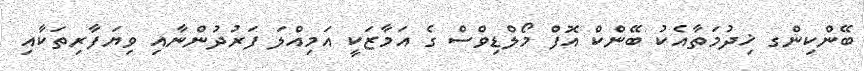
ބޭންކިންގ ޚިދުމަތާއެކު ބޭންކް އޮފް މޯލްޑިވްސް ގެ އަމާޒަކީ އަމިއްލަ ފަރުދުންނާއި ވިޔަފާރިތަކާއި